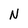
Character: N